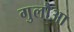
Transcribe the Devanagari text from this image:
गुलौआ